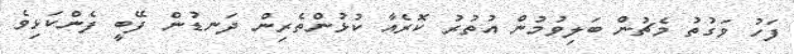
ފަހު ވަގުތު މެޗުން ބަލިވުމުން އުތުރު ކޮރެއާ ކުޅުންތެރިން ދަނޑުން ފޭބީ ފެންކަޅިވެ